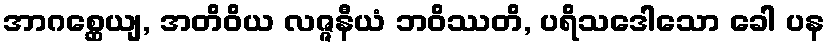
အာဂစ္ဆေယျ, အတိဝိယ လဇ္ဇနီယံ ဘဝိဿတိ, ပရိသဒေါသော ခေါ ပန